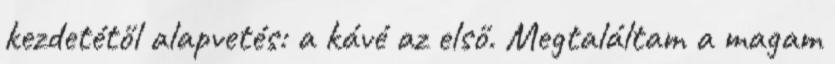
kezdetétől alapvetés: a kávé az első. Megtaláltam a magam